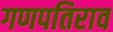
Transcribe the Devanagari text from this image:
गणपतिराव